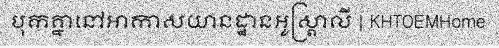
បុកគ្នានៅអាកាសយានដ្ឋានអូស្ត្រាលី | KHTOEMHome